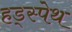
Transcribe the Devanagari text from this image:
हड्स्पेथ